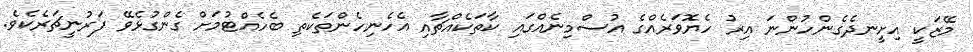
މޭޒަކީ އިށީނދެގެންހުންނަ އިރު ހެޔޮވަރެއްގެ އުސްމިނެއްގައި ކާތަކެއްޗާއި އެހެނިހެންތަކެތި ބެހެއްޓުމަށް ގެންގުޅެވޭ ފަރުނީޗަރެކެވެ.